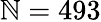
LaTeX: \mathbb{N}=493